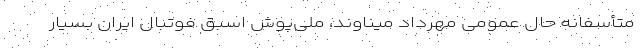
متأسفانه حال عمومی مهرداد میناوند، ملی‌پوش اسبق فوتبال ایران بسیار